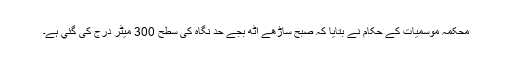
محکمہ موسمیات کے حکام نے بتایا کہ صبح ساڑھے آٹھ بجے حد نگاہ کی سطح 300 میٹر درج کی گئي ہے۔